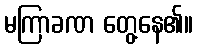
မကြာခဏ တွေ့နေ၏။